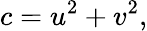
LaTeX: c=u^{2}+v^{2},